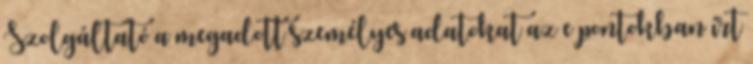
Szolgáltató a megadott személyes adatokat az e pontokban írt